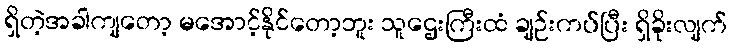
ရှိတဲ့အခါကျတော့ မအောင့်နိုင်တော့ဘူး သူဌေးကြီးထံ ချဉ်းကပ်ပြီး ရှိခိုးလျက်